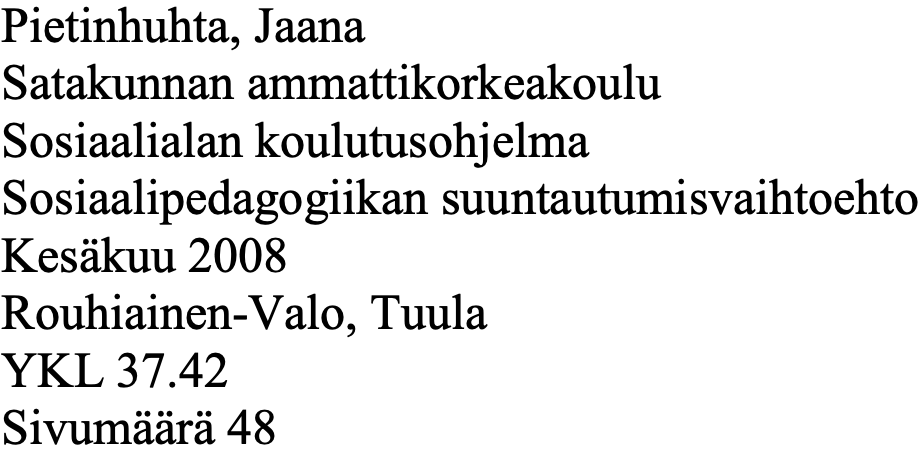
Pietinhuhta, Jaana Satakunnan ammattikorkeakoulu Sosiaalialan koulutusohjelma Sosiaalipedagogiikan suuntautumisvaihtoehto Kesäkuu 2008 Rouhiainen-Valo, Tuula YKL 37.42 Sivumäärä 48